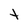
Character: t